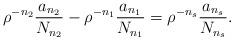
LaTeX: \begin{align*}\rho^{-n_{2}}\frac{a_{n_{2}}}{N_{n_{2}}}-\rho^{-n_{1}}\frac{a_{n_{1}}}{N_{n_{1}}}=\rho^{-n_{s}}\frac{a_{n_{s}}}{N_{n_{s}}}.\end{align*}